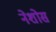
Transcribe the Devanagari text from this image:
नेशोस